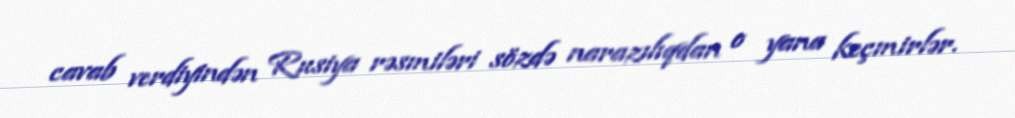
cavab verdiyindən Rusiya rəsmiləri sözdə narazılıqdan o yana keçmirlər.